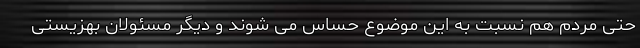
حتی مردم هم نسبت به این موضوع حساس می شوند و دیگر مسئولان بهزیستی